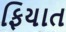
ફિયાત